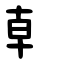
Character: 龺